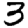
Digit: 3